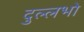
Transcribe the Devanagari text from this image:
दुल्लभो